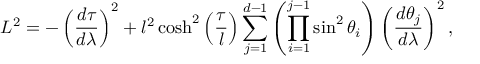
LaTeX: L ^ { 2 } = - \left( \frac { d \tau } { d \lambda } \right) ^ { 2 } + l ^ { 2 } \cosh ^ { 2 } \left( \frac { \tau } { l } \right) \sum _ { j = 1 } ^ { d - 1 } \left( \prod _ { i = 1 } ^ { j - 1 } \sin ^ { 2 } \theta _ { i } \right) \left( \frac { d \theta _ { j } } { d \lambda } \right) ^ { 2 } ,